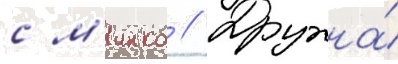
с м'инко // Дружна́